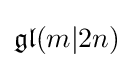
{\mathfrak {gl}}(m|2n)